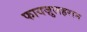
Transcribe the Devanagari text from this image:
फायज़ुलहराम